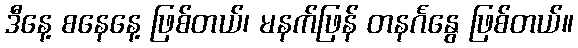
ဒီနေ့ စနေနေ့ ဖြစ်တယ်၊ မနက်ဖြန် တနင်္ဂနွေ ဖြစ်တယ်။